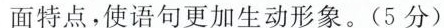
面特点，使语句更加生动形象。(5分)